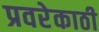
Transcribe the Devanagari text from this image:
प्रवरेकाठी